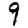
Digit: 9